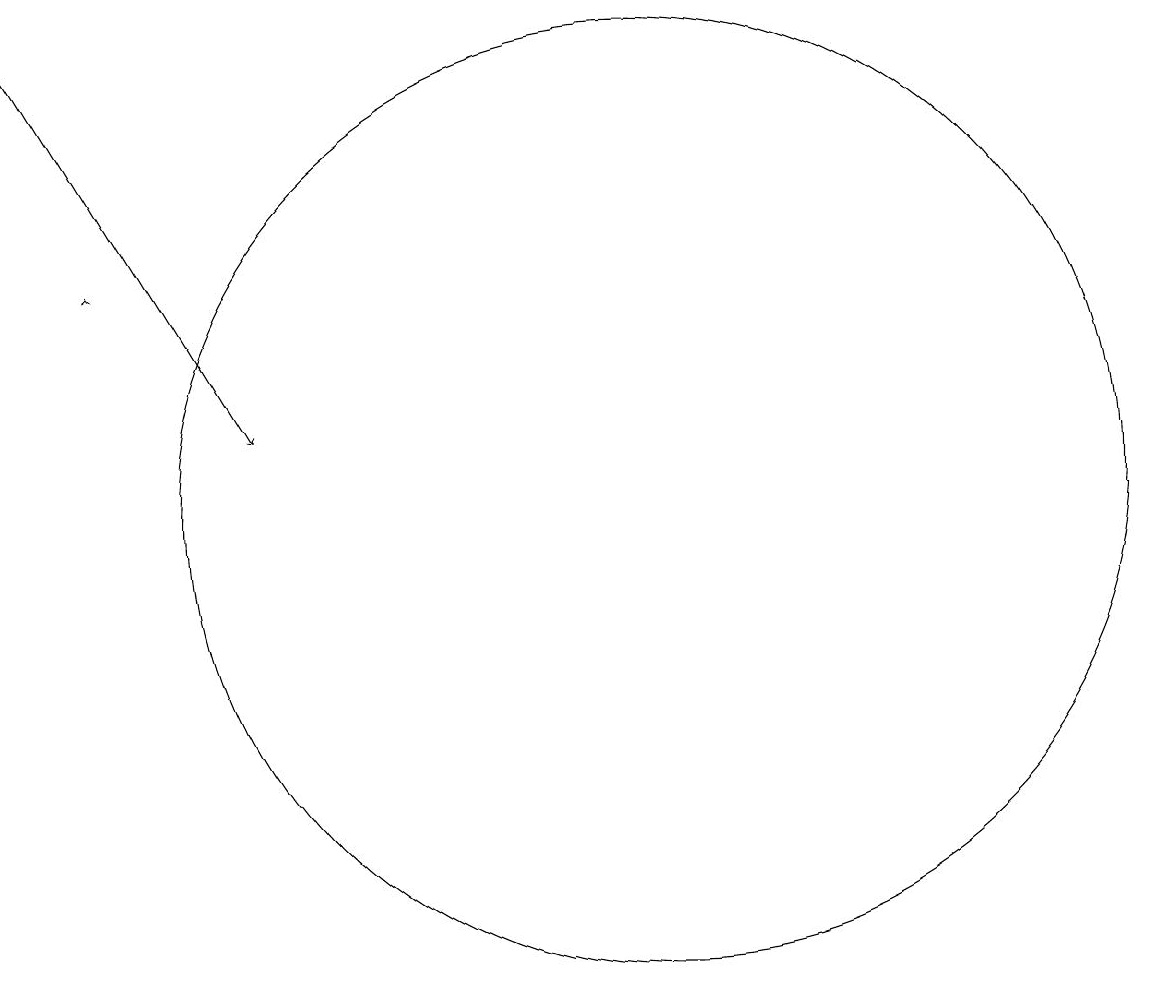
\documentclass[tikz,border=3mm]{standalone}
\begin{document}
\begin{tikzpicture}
\draw (11,11) circle (6);
\draw[->] (3,17) -- (6,12);
\draw[->] (4,14) -- (4,14);
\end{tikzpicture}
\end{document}